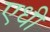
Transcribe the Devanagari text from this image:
एधी